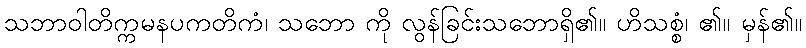
သဘာဝါတိက္ကမနပကတိကံ၊ သဘော ကို လွန်ခြင်းသဘောရှိ၏။ ဟိသစ္စံ၊ ၏။ မှန်၏။